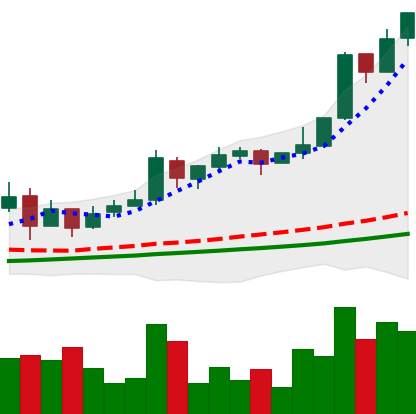
Ticker: LTC-USD
Chart end date: 2017-11-28
Forward return: 5.445%
Label: up_5_7